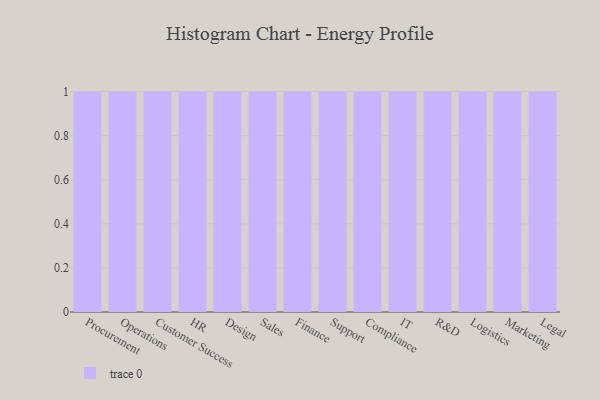
{"axis": {"x": "Department", "y": "Waste Production (Tons)"}, "legend": [""], "data": [{"x": "Procurement", "y": 13, "type": ""}, {"x": "Operations", "y": 95, "type": ""}, {"x": "Customer Success", "y": 47, "type": ""}, {"x": "HR", "y": 28, "type": ""}, {"x": "Design", "y": 40, "type": ""}, {"x": "Sales", "y": 59, "type": ""}, {"x": "Finance", "y": 49, "type": ""}, {"x": "Support", "y": 65, "type": ""}, {"x": "Compliance", "y": 28, "type": ""}, {"x": "IT", "y": 13, "type": ""}, {"x": "R&D", "y": 71, "type": ""}, {"x": "Logistics", "y": 25, "type": ""}, {"x": "Marketing", "y": 49, "type": ""}, {"x": "Legal", "y": 4, "type": ""}]}